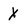
Character: X